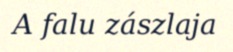
A falu zászlaja